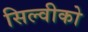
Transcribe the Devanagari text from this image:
सिल्वीको